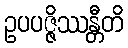
ဥပပဇ္ဇိဿန္တီတိ